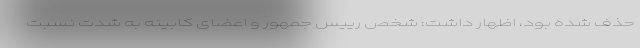
حذف شده بود، اظهار داشت: شخص رییس جمهور و اعضای کابینه به شدت نسبت